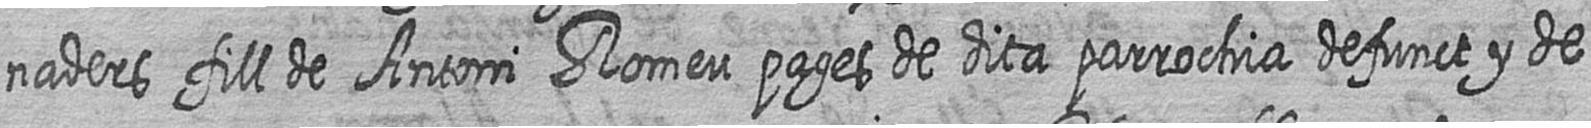
naders fill de Antoni Romeu pages de dita parrochia defunct y de